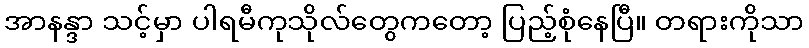
အာနန္ဒာ သင့်မှာ ပါရမီကုသိုလ်တွေကတော့ ပြည့်စုံနေပြီ။ တရားကိုသာ